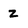
Character: z